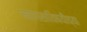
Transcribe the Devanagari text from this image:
माणसाविषयीच्या